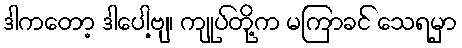
ဒါကတော့ ဒါပေါ့ဗျ၊ ကျုပ်တို့က မကြာခင် သေရမှာ